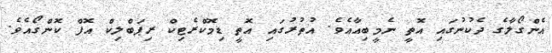
އެންގޯލާގެ ދެކުނުގައި އޮތީ ނެމީބިއާއެވެ. އުތުރުގައި އޮތީ ޑިމޮކްރެޓިކް ރިޕަބްލިކް އޮފް ކޮންގޯއެވެ.